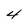
Character: 4